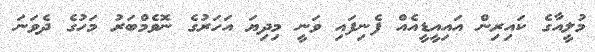
މުލީއާގެ ކައިރިން އައިއީޑީއެއް ފެނިފައި ވަނީ މިދިޔަ އަހަރުގެ ނޮވެމްބަރު މަހުގެ ދެވަނަ